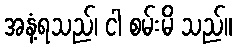
အနံ့ရသည်၊ ငါ စမ်းမိ သည်။